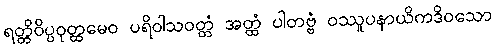
ရတ္တိဝိပ္ပဝုတ္ထမေဝ ပရိဝါသဝတ္တံ အတ္ထံ ပါတဗ္ဗံ ဝဿူပနာယိကဒိဝသော